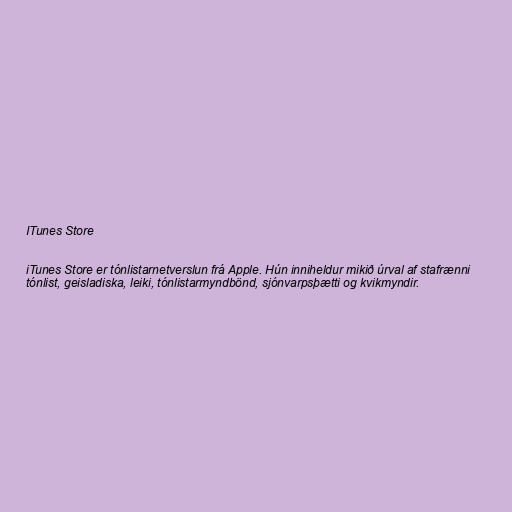
ITunes Store

iTunes Store er tónlistarnetverslun frá Apple. Hún inniheldur mikið úrval af stafrænni
tónlist, geisladiska, leiki, tónlistarmyndbönd, sjónvarpsþætti og kvikmyndir.